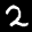
Label: 2